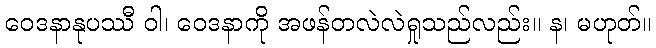
ဝေဒနာနုပဿီ ဝါ၊ ဝေဒနာကို အဖန်တလဲလဲရှုသည်လည်း။ န၊ မဟုတ်။